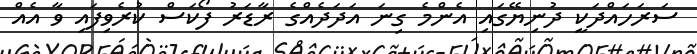
ސަރަހައްދަކީ ދުނިޔޭގައި އެންމެ ގިނަ އަދަދެއްގެ ރާޑަރު ފޯކަސް ކުރެވިފައި ވާ އެއް